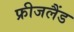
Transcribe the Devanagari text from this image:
फ्रीजलैंड